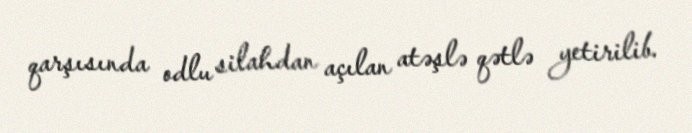
qarşısında odlu silahdan açılan atəşlə qətlə yetirilib.